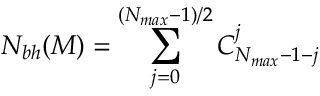
{ \cal N } _ { b h } ( M ) = \sum _ { j = 0 } ^ { ( N _ { m a x } - 1 ) / 2 } C _ { N _ { m a x } - 1 - j } ^ { j }